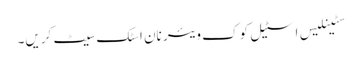
سٹینلیس اسٹیل کوک ویئر نان اسٹک سیٹ کریں۔